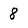
Character: 8